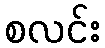
စလင်း